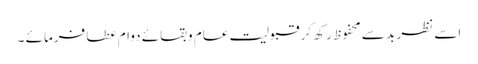
اسے نظر بد سے محفوظ رکھ کر قبولیت عام وبقائے دوام عطا فرمائے ۔